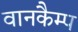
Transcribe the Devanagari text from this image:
वानकैम्प